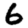
Digit: 6